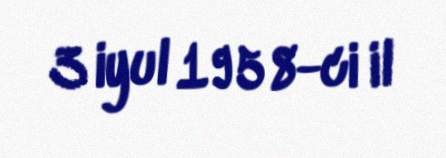
3 iyul 1958-ci il